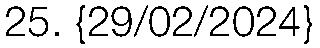
25. {29/02/2024}